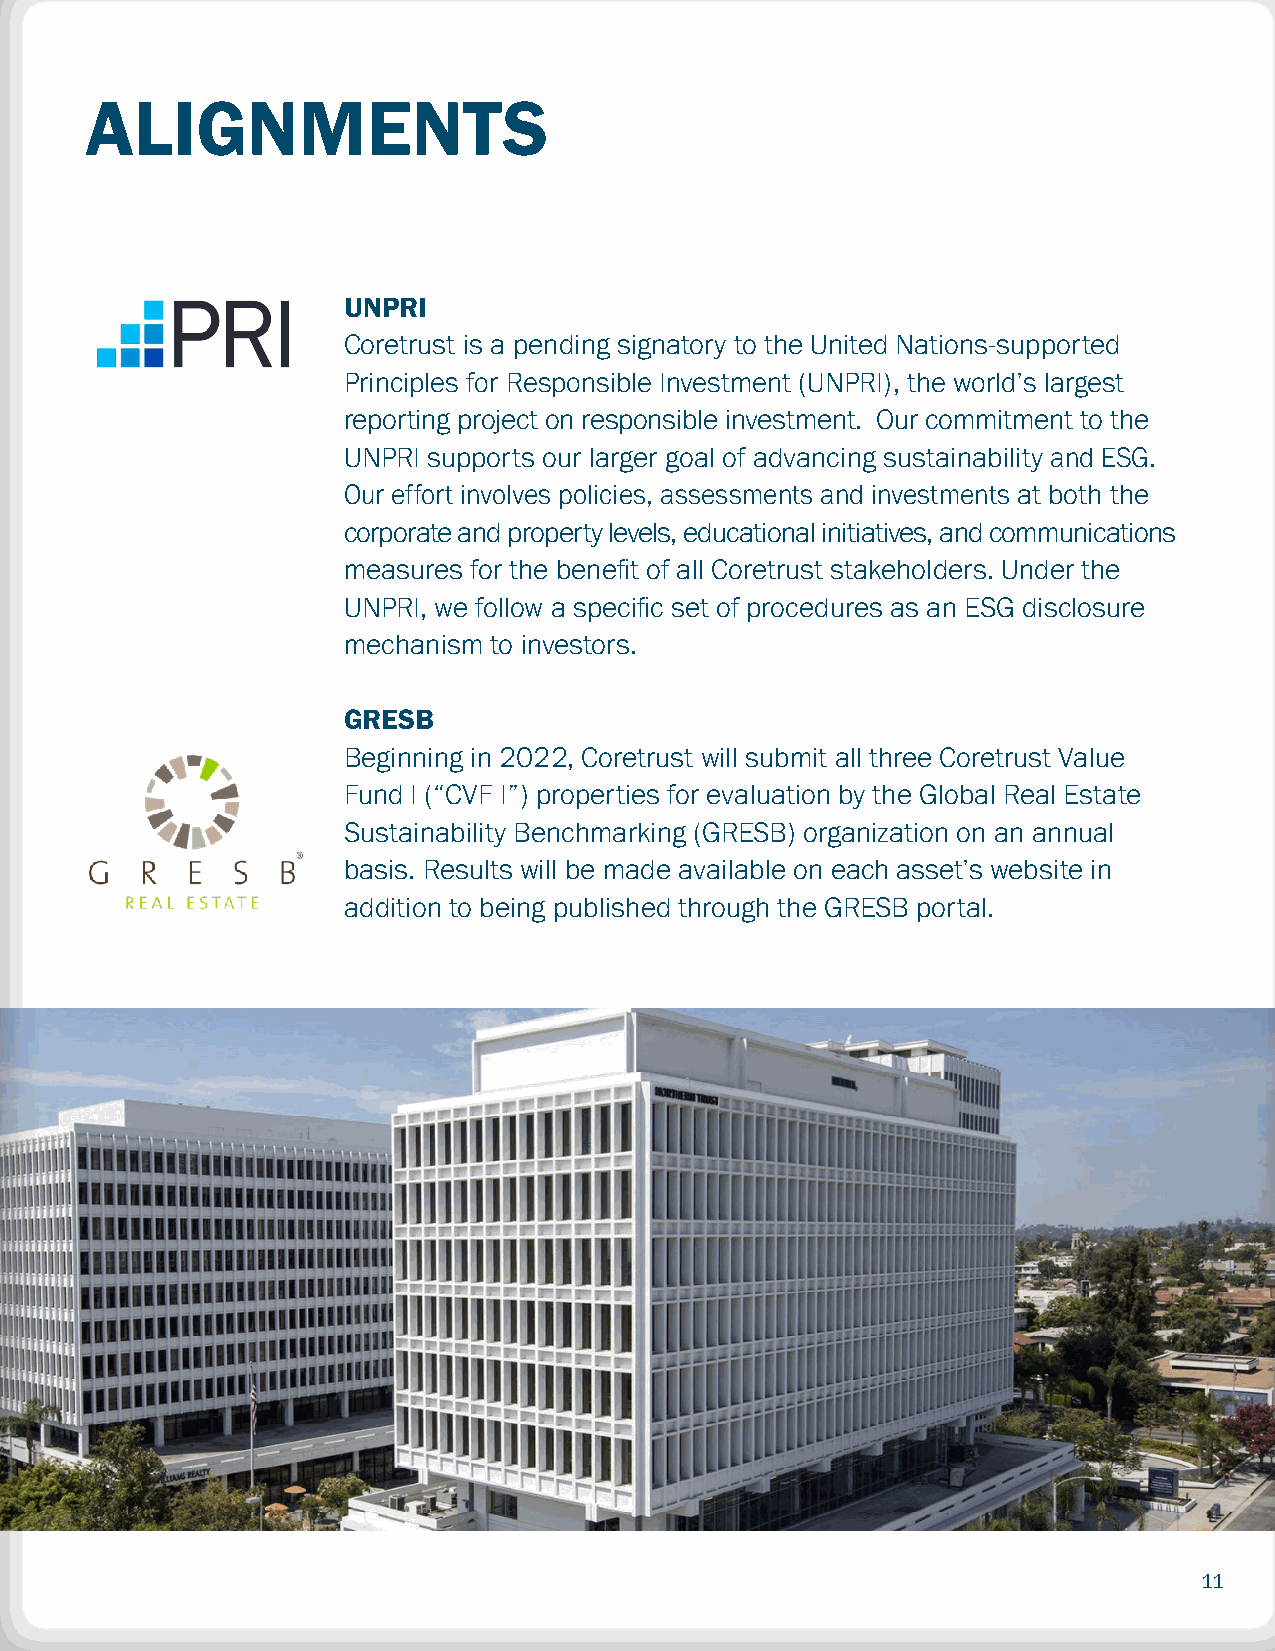
ALIGNMENTS
 UNPRI
 Coretrust is a pending signatory to the United Nations-supported
 Principles for Responsible Investment (UNPRI), the world’s largest
 reporting project on responsible investment. Our commitment to the
 UNPRI supports our larger goal of advancing sustainability and ESG.
 Our effort involves policies, assessments and investments at both the
 corporate and property levels, educational initiatives, and communications
 measures for the benefit of all Coretrust stakeholders. Under the
 UNPRI, we follow a specific set of procedures as an ESG disclosure
 mechanism to investors.
 GRESB
 Beginning in 2022, Coretrust will submit all three Coretrust Value
 Fund I (“CVF I”) properties for evaluation by the Global Real Estate
 Sustainability Benchmarking (GRESB) organization on an annual
 basis. Results will be made available on each asset’s website in
 addition to being published through the GRESB portal.
 11